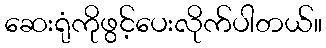
ဆေးရုံကိုဖွင့်ပေးလိုက်ပါတယ်။